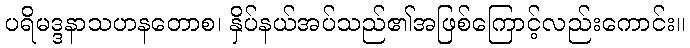
ပရိမဒ္ဒနာသဟနတောစ၊ နှိပ်နယ်အပ်သည်၏အဖြစ်ကြောင့်လည်းကောင်း။